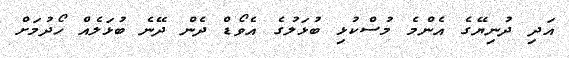
އަދި ދުނިޔޭގެ އެންމެ މުސްކުޅި ބުޅަލުގެ އެވޯޑް ދެން ދޭނެ ބުޅަލެއް ހޯދުމަށް